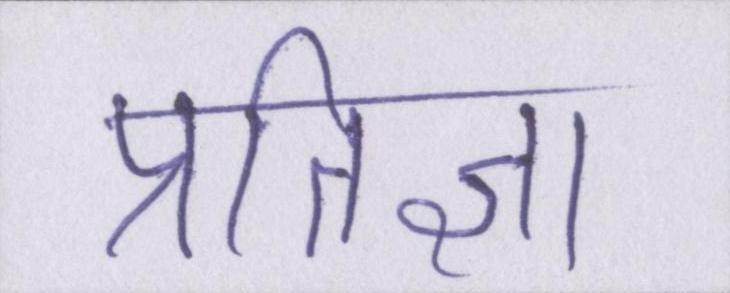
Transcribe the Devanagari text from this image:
प्रतिज्ञा